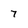
Character: 7